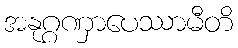
အနုဂ္ဂဏှာပေဿာမီတိ